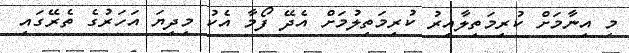
މި އިނާމަށް ކުރިމަތިލާއިރު ކުރިމަތިލުމަށް އެދޭ ފޯމާ އެކު މިދިޔަ އަހަރުގެ ތެރޭގައި